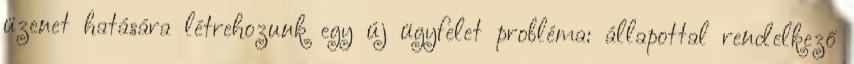
üzenet hatására létrehozunk egy új ügyfelet probléma: állapottal rendelkező